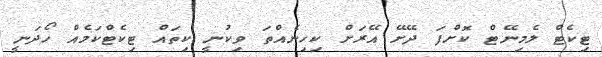
ޓިކެޓް ލެމިނޭޓް ކޮށްފަ ދޭށޭ އޭރަށް ކިހިނެއްތަ ވިކުނީ ކިތައް ޓިކެޓްކަމެއް ހޯދަނީ